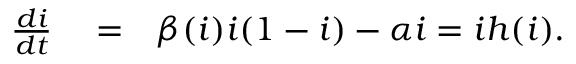
\begin{array} { r l r } { \frac { d i } { d t } } & { { } = } & { \beta ( i ) i ( 1 - i ) - \alpha i = i h ( i ) . } \end{array}